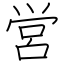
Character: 営